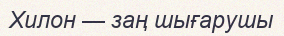
Хилон — заң шығарушы